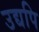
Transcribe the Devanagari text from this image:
उद्यपि